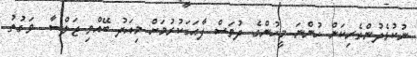
ނުކުޅެދުންތެރިކަން ހުންނަ މީހުންގެ ދުވަސް ފާޙަގަކުރުމަށް މިއަދު ބޭއްވި ޖަލްސާ  ވަގުތު